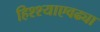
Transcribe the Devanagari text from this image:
हिश्श्याएवढ्या